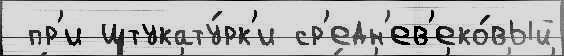
 пр'и штукату́рк'и ср'едн'ев'еко́вый